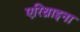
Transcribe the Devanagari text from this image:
एरिथ्राइना